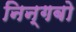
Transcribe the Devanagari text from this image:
निन्गबो